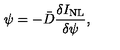
\psi = - \bar { D } \frac { \delta I _ { \mathrm { N L } } } { \delta \psi } ,